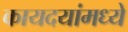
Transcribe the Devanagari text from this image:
कायदयांमध्ये